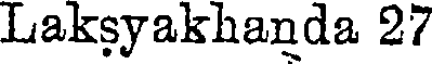
Laksyakhanda 27